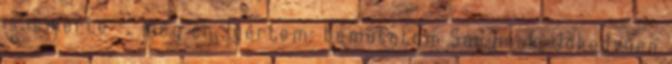
is ismerte -, meg én. Ígértem: bemutatom Sanyinak. Jókedvűen